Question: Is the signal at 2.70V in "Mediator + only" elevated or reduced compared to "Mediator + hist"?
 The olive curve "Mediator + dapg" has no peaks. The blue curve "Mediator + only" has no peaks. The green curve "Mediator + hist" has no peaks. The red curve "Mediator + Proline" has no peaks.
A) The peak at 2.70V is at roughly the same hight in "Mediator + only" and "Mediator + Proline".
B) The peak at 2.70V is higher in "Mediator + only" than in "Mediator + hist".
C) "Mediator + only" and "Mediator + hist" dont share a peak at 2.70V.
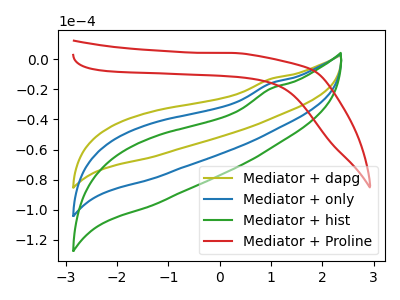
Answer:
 <answer>C) "Mediator + only" and "Mediator + hist" dont share a peak at 2.70V.</answer>
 <eval>C</eval>